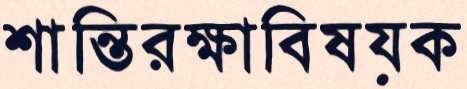
শান্তিরক্ষাবিষয়ক